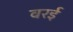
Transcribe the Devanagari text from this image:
वरई